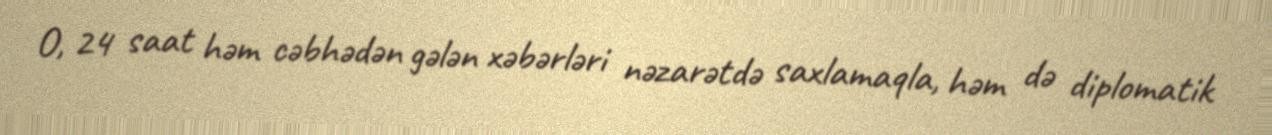
O, 24 saat həm cəbhədən gələn xəbərləri nəzarətdə saxlamaqla, həm də diplomatik